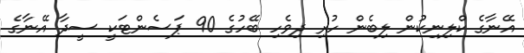
އޭނާގެ ކްލިނިކުން ލިބެން ހުރި ދިވެހި ބޭހުގެ 90 ޕަސެންޓަކީ ސީދާ އޭނާގެ